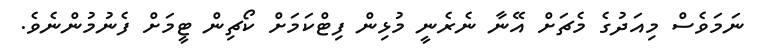
ނަމަވެސް މިއަދުގެ މެޗަށް އޭނާ ނެރެނީ މުޅިން ފިޓްކަމަށް ކޯޗިން ޓީމަށް ފެނުމުންނެވެ.